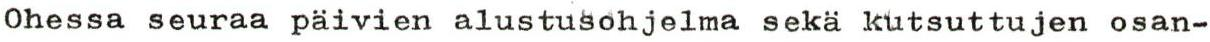
Ohessa seuraa päivien alustusohjelma sekä kutsuttujen osan-